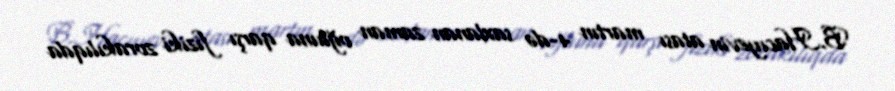
B.Hacıyevin atası martın 4-də saxlanan zaman oğluna qarşı fiziki zorakılıqda